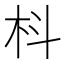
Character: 枓